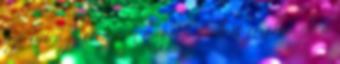
szerint a fatter nem nagyon tudott érvelni. de a